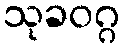
သုခဝဂ္ဂ